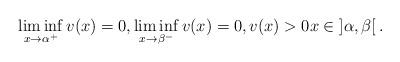
LaTeX: \begin{align*} \liminf_{x\to \alpha^{+}}v(x)= 0, \liminf_{x\to \beta^{-}}v(x)= 0,v(x) > 0 x\in\left]\alpha,\beta\right[.\end{align*}